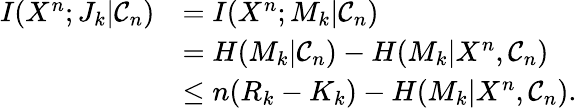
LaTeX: \begin{array}{rl}{I(X^{n};J_{k}|\mathcal{C}_{n})}&{=I(X^{n};M_{k}|\mathcal{C}_{n})}\\ &{=H(M_{k}|\mathcal{C}_{n})-H(M_{k}|X^{n},\mathcal{C}_{n})}\\ &{\le n(R_{k}-K_{k})-H(M_{k}|X^{n},\mathcal{C}_{n}).}\end{array}